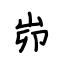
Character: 峁